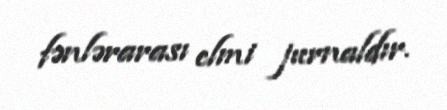
fənlərarası elmi jurnaldır.